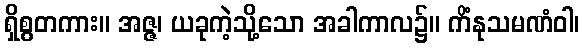
ရှိစွတကား။ အဇ္ဇ၊ ယခုကဲ့သို့သော အခါကာလ၌။ ကိံနုသမဏံဝါ၊